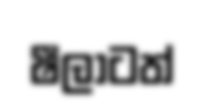
ෂීලාටත්